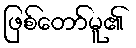
ဖြစ်တော်မူ၏